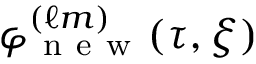
\varphi _ { \mathrm { ~ n ~ e ~ w ~ } } ^ { ( \ell m ) } ( \tau , \xi )